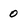
Character: o